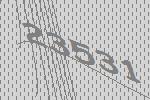
23531